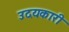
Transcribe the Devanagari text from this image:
उदयकारी